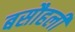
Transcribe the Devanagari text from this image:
बसौहली